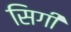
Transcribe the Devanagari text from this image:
सिगी